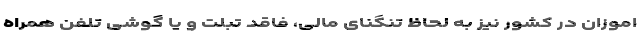
اموزان در کشور نیز به لحاظ تنگنای مالی، فاقد تبلت و یا گوشی تلفن همراه